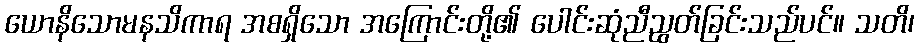
ယောနိသောမနသိကာရ အစရှိသော အကြောင်းတို့၏ ပေါင်းဆုံညီညွတ်ခြင်းသည်ပင်။ သတိ၊